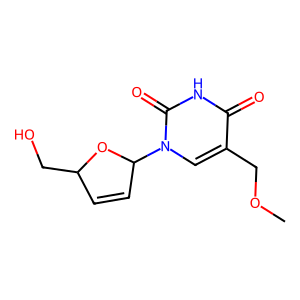
SMILES: COCc1cn(C2C=CC(CO)O2)c(=O)[nH]c1=O
Inhibits HIV replication: Yes